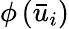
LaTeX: \phi\left({{{\bar{u}}_{i}}}\right)